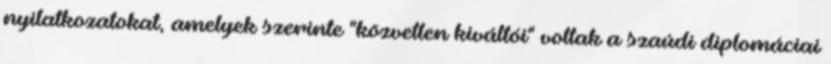
nyilatkozatokat, amelyek szerinte "közvetlen kiváltói" voltak a szaúdi diplomáciai